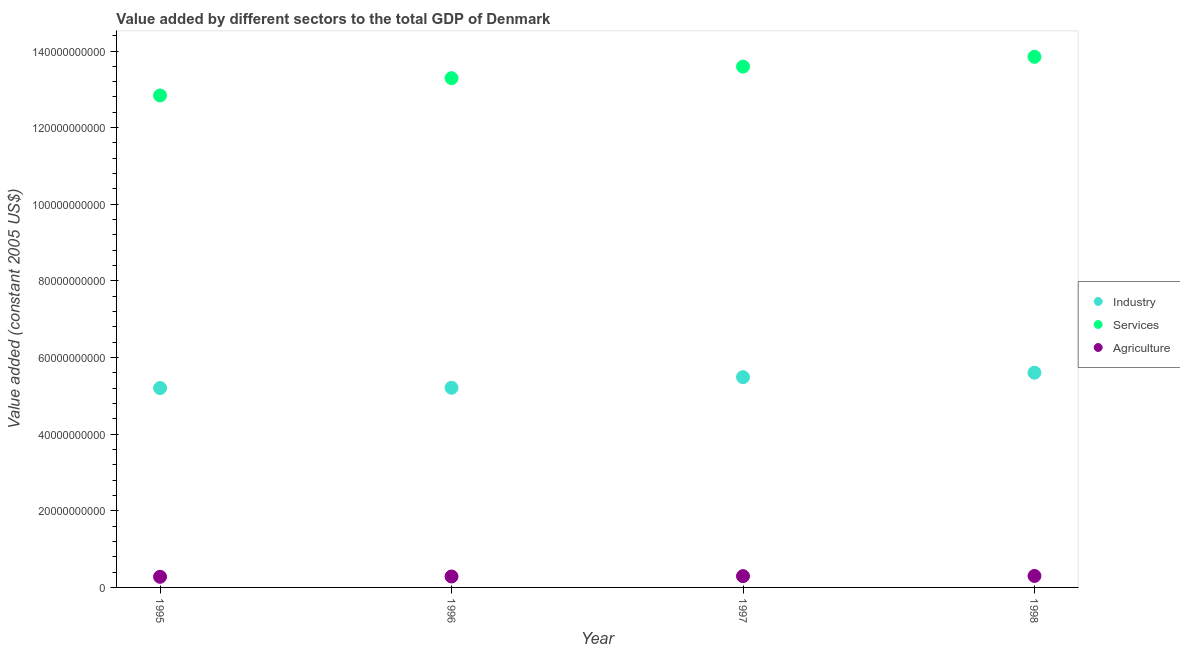
| Year | Industry | Services | Agriculture |
 | --- | --- | --- | --- |
 | 1995 | 5.2e+10 | 1.28e+11 | 2.78e+09 |
 | 1996 | 5.21e+10 | 1.33e+11 | 2.85e+09 |
 | 1997 | 5.49e+10 | 1.36e+11 | 2.95e+09 |
 | 1998 | 5.6e+10 | 1.38e+11 | 2.99e+09 |